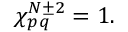
\chi _ { p q } ^ { N \pm 2 } = 1 .